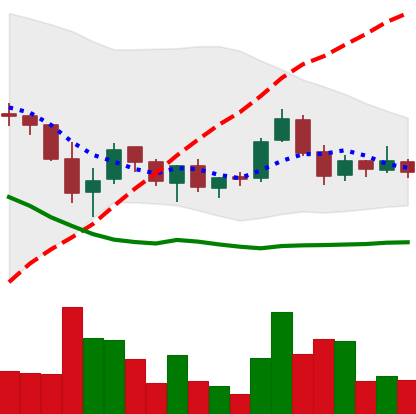
Ticker: TRX-USD
Chart end date: 2018-05-27
Forward return: -16.847%
Label: down_7plus